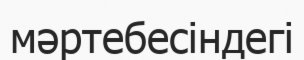
мәртебесіндегі